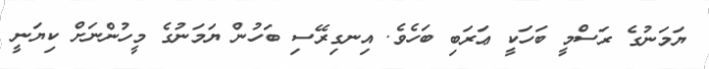
ޔަމަނުގެ ރަސްމީ ބަހަކީ ޢަރަބި ބަހެވެ. އިނގިރޭސި ބަހުން ޔަމަނުގެ މީހުންނަށް ކިޔަނީ